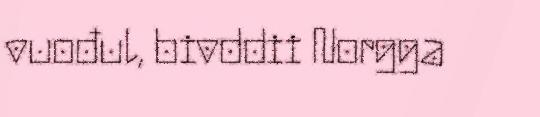
vuođul, bivddii Norgga